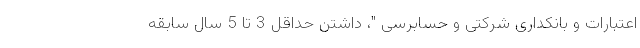
اعتبارات و بانکداری شرکتی و حسابرسی "، داشتن حداقل 3 تا 5 سال سابقه